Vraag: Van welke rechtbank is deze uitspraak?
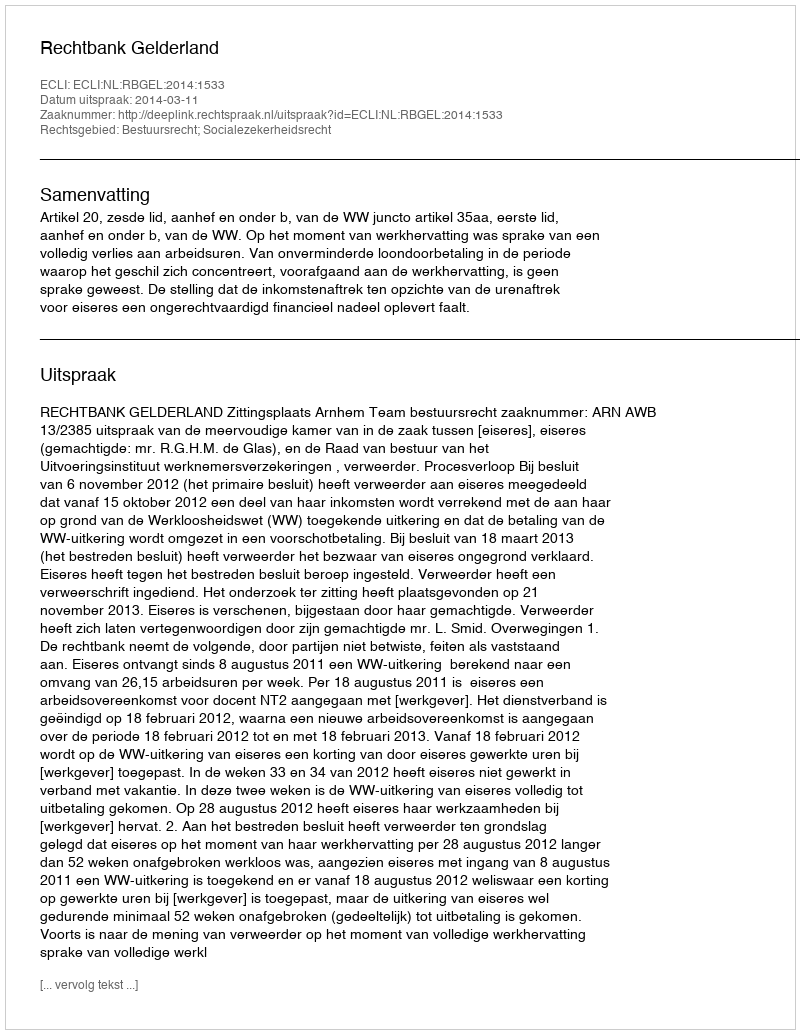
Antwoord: Rechtbank Gelderland